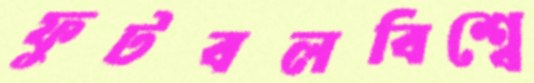
ফুটবলবিশ্বে